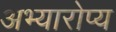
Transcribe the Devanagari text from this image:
अभ्यारोप्य